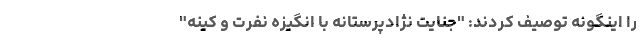
را اینگونه توصیف کردند: "جنایت نژادپرستانه با انگیزه نفرت و کینه"